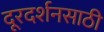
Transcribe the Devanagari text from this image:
दूरदर्शनसाठी